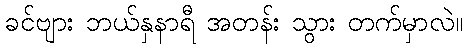
ခင်ဗျား ဘယ်နှနာရီ အတန်း သွား တက်မှာလဲ။